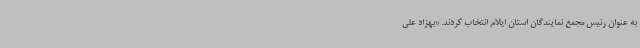
به عنوان رئیس مجمع نمایندگان استان ایلام انتخاب کردند. «بهزاد علی